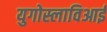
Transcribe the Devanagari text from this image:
युगोस्लाविआई